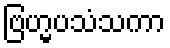
ဗြဟ္မပသံသကာ